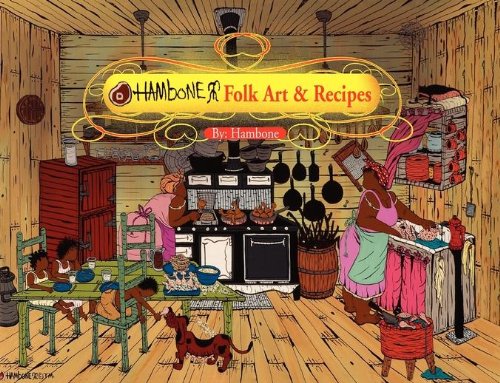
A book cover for Hambone Folk Art & Recipes; Hambone; Cookbooks, Food & Wine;